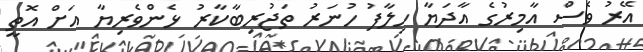
އޭރު ވެސް އާމިރުގެ އާދަޔާ ހިލާފު ހުނަރު ތަޖުރިބާކާރު ޅެންވެރިޔާ އަށް އޮތީ